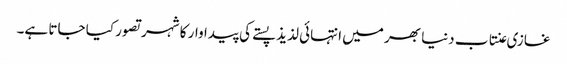
غازی عنتاب دنیا بھر میں انتہائی لذیذ پستے کی پیداوار کا شہر تصور کیا جاتا ہے۔